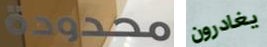
محدودة يغادرون